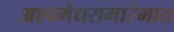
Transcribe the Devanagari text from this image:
अश्वमेधसमारंभात